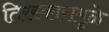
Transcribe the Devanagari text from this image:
तिरस्कारामुळे